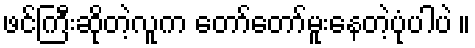
ဖင်ကြီးဆိုတဲ့လူက တော်တော်မူးနေတဲ့ပုံပါပဲ ။